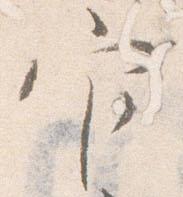
官